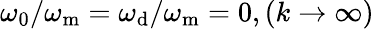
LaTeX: \omega_{\mathrm{0}}/\omega_{\mathrm{m}}=\omega_{\mathrm{d}}/\omega_{\mathrm{m}}=0,(k\rightarrow\infty)